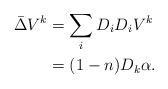
LaTeX: \begin{align*} \bar{\Delta}V^k&=\sum_i D_iD_iV^k \\ &=(1-n)D_k\alpha.\end{align*}